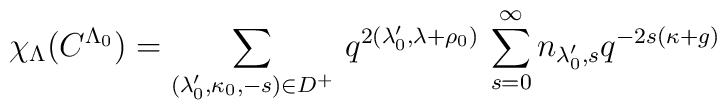
\chi_\Lambda(C^{\Lambda_0})=\sum_{(\lambda_0',\kappa_0,-s)\in D^+}\,q^{2(\lambda_0',\lambda+\rho_0)}\,\sum_{s=0}^\infty n_{\lambda_0',s}q^{-2s(\kappa+g)}